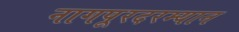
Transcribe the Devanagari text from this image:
नागपूरदरम्यान